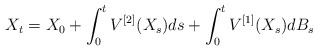
\begin{align*}X_t =X_0+ \int_0^t V^{[2]}(X_s)ds+\int_0^t V^{[1]}(X_s) dB_s\end{align*}